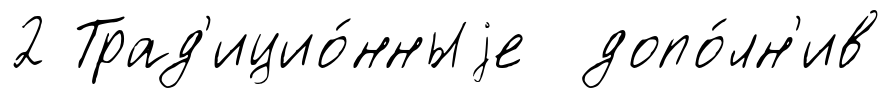
2 Трад'ицио́нныjе допо́лн'ив